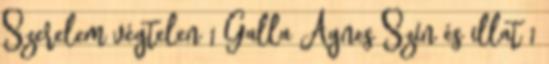
Szerelem végtelen 1 Galla Ágnes Szín és illat 1